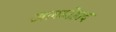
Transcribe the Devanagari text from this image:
अलमोहाद